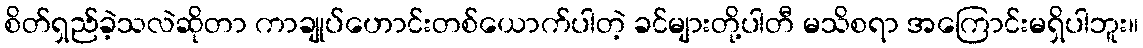
စိတ်ရှည်ခဲ့သလဲဆိုတာ ကာချုပ်ဟောင်းတစ်ယောက်ပါတဲ့ ခင်များတို့ပါတီ မသိစရာ အကြောင်းမရှိပါဘူး။